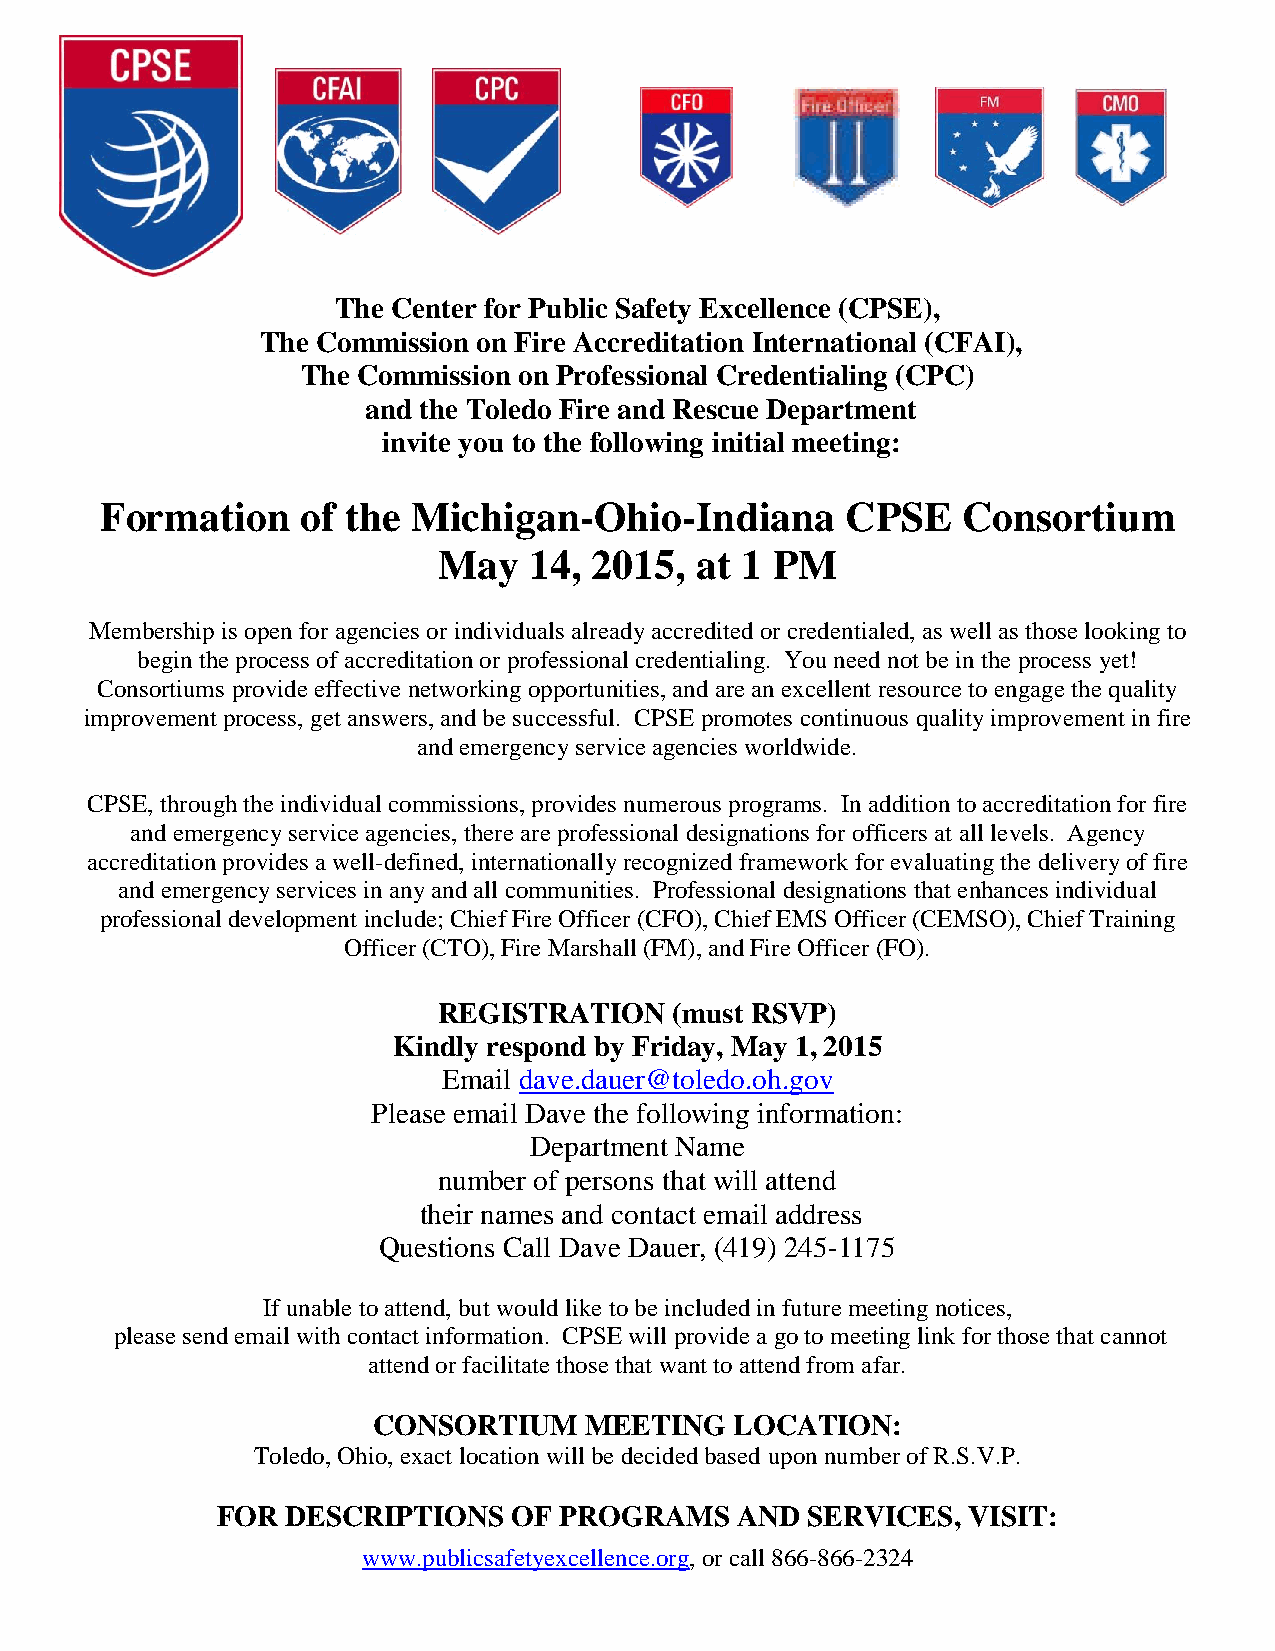
The Center for Public Safety Excellence (CPSE),
 The Commission on Fire Accreditation International (CFAI),
 The Commission on Professional Credentialing (CPC)
 and the Toledo Fire and Rescue Department
 invite you to the following initial meeting:
 Formation    of the Michigan-Ohio-Indiana        CPSE    Consortium
 May   14, 2015,  at 1 PM
 Membership is open for agencies or individuals already accredited or credentialed, as well as those looking to
 begin the process of accreditation or professional credentialing. You need not be in the process yet!
 Consortiums provide effective networking opportunities, and are an excellent resource to engage the quality
 improvement process, get answers, and be successful. CPSE promotes continuous quality improvement in fire
 and emergency service agencies worldwide.
 CPSE, through the individual commissions, provides numerous programs. In addition to accreditation for fire
 and emergency service agencies, there are professional designations for officers at all levels. Agency
 accreditation provides a well-defined, internationally recognized framework for evaluating the delivery of fire
 and emergency services in any and all communities. Professional designations that enhances individual
 professional development include; Chief Fire Officer (CFO), Chief EMS Officer (CEMSO), Chief Training
 Officer (CTO), Fire Marshall (FM), and Fire Officer (FO).
 REGISTRATION    (must RSVP)
 Kindly respond by Friday, May 1, 2015
 Email dave.dauer@toledo.oh.gov
 Please email Dave the following information:
 Department Name
 number of persons that will attend
 their names and contact email address
 Questions Call Dave Dauer, (419) 245-1175
 If unable to attend, but would like to be included in future meeting notices,
 please send email with contact information. CPSE will provide a go to meeting link for those that cannot
 attend or facilitate those that want to attend from afar.
 CONSORTIUM    MEETING   LOCATION:
 Toledo, Ohio, exact location will be decided based upon number of R.S.V.P.
 FOR  DESCRIPTIONS   OF PROGRAMS    AND SERVICES,  VISIT:
 www.publicsafetyexcellence.org, or call 866-866-2324